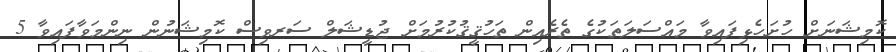
ކޮމިޝަނަށް ހުށަހެޅިފައިވާ މައްސަލަތަކުގެ ތެރެއިން ތަހުޤީޤުކުރުމަށް ޖުޑީޝަލް ސަރވިސް ކޮމިޝަނުން ނިންމަވާފައިވާ 5